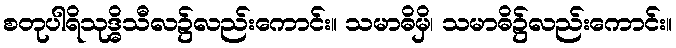
စတုပါရိသုဒ္ဓိသီလ၌လည်းကောင်း။ သမာဓိမှိ၊ သမာဓိ၌လည်းကောင်း။